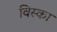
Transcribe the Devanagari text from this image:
विस्का